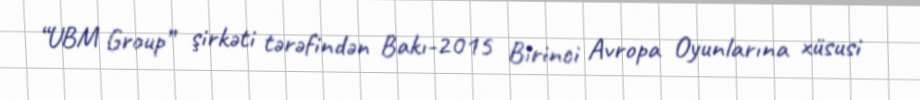
“UBM Group” şirkəti tərəfindən Bakı-2015 Birinci Avropa Oyunlarına xüsusi